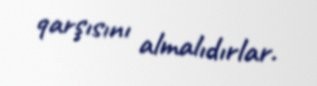
qarşısını almalıdırlar.